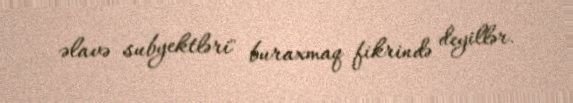
əlavə subyektləri" buraxmaq fikrində deyillər.